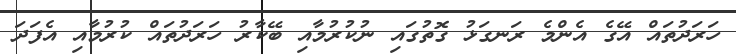
ހަރަދުތައް އޭގެ އެންމެ ރަނގަޅު ގޮތުގައި ނުކުރުމާއި ބޭކާރު ހަރަދުތައް ކުރުމާއި އެފަދަ